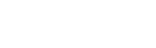
သံကိလိဋ္ဌစိတ္တော